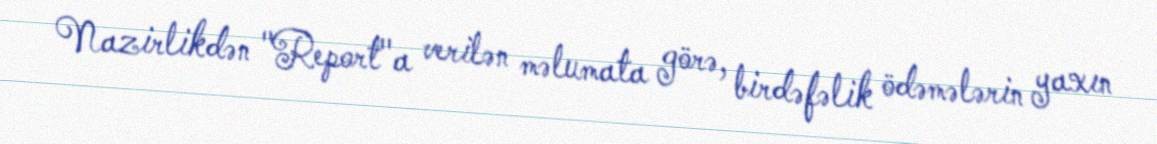
Nazirlikdən "Report"a verilən məlumata görə, birdəfəlik ödəmələrin yaxın